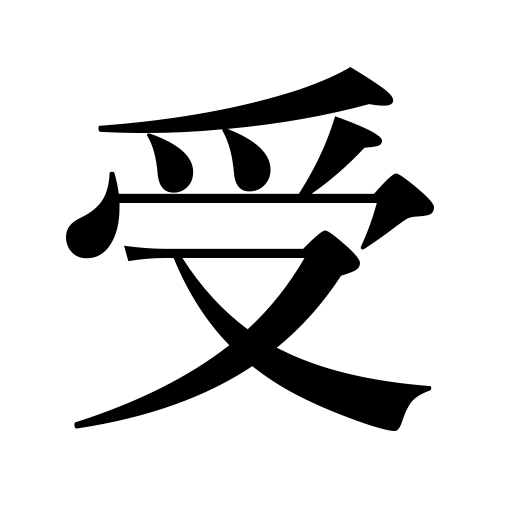
Meanings: face,catch a ball,undergo an operation,sustain a loss,answer the phone,catch the public fancy,front of,pass an examination,take an exam,stop a blow,be exposed to ridicule,receive,accept,take,parry,inherit,obtain,get